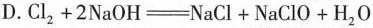
D. $$Cl_{2}+2NaOH=NaCl+NaClO+H_{2}O$$